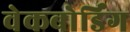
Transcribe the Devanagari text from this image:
वेकबोर्डिंग